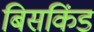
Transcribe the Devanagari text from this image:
बिसकिंड